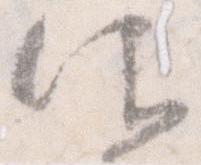
候